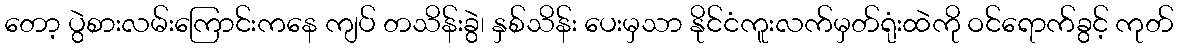
တော့ ပွဲစားလမ်းကြောင်းကနေ ကျပ် တသိန်းခွဲ၊ နှစ်သိန်း ပေးမှသာ နိုင်ငံကူးလက်မှတ်ရုံးထဲကို ဝင်ရောက်ခွင့် ကုတ်